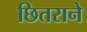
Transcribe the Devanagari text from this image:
छितराने